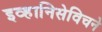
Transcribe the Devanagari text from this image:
इव्हानिसेविचने